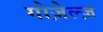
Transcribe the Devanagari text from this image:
गोज़ेल्ज़